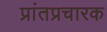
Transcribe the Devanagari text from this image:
प्रांतप्रचारक